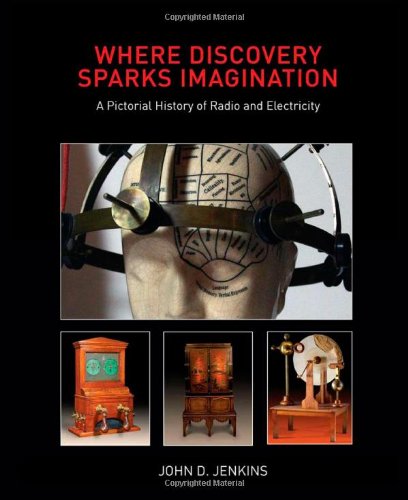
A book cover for Where Discovery Sparks Imagination: A Pictorial History of Radio and Electricity; John D Jenkins; Crafts, Hobbies & Home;